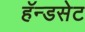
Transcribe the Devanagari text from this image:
हॅन्डसेट